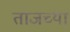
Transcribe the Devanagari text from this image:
ताजच्या